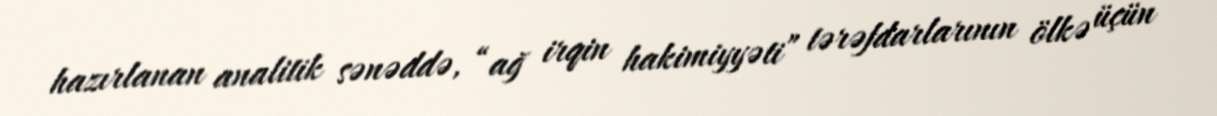
hazırlanan analitik sənəddə, “ağ irqin hakimiyyəti” tərəfdarlarının ölkə üçün